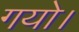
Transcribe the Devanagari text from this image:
गयो।